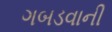
ગબડવાની